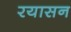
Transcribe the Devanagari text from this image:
रयासन